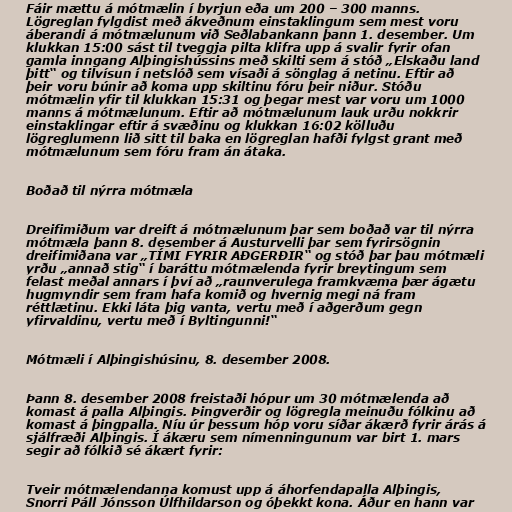
Fáir mættu á mótmælin í byrjun eða um 200 – 300 manns.
Lögreglan fylgdist með ákveðnum einstaklingum sem mest voru
áberandi á mótmælunum við Seðlabankann þann 1. desember. Um
klukkan 15:00 sást til tveggja pilta klifra upp á svalir fyrir ofan
gamla inngang Alþingishússins með skilti sem á stóð „Elskaðu land
þitt“ og tilvísun í netslóð sem vísaði á sönglag á netinu. Eftir að
þeir voru búnir að koma upp skiltinu fóru þeir niður. Stóðu
mótmælin yfir til klukkan 15:31 og þegar mest var voru um 1000
manns á mótmælunum. Eftir að mótmælunum lauk urðu nokkrir
einstaklingar eftir á svæðinu og klukkan 16:02 kölluðu
lögreglumenn lið sitt til baka en lögreglan hafði fylgst grant með
mótmælunum sem fóru fram án átaka.

Boðað til nýrra mótmæla

Dreifimiðum var dreift á mótmælunum þar sem boðað var til nýrra
mótmæla þann 8. desember á Austurvelli þar sem fyrirsögnin
dreifimiðana var „TÍMI FYRIR AÐGERÐIR“ og stóð þar þau mótmæli
yrðu „annað stig“ í baráttu mótmælenda fyrir breytingum sem
felast meðal annars í því að „raunverulega framkvæma þær ágætu
hugmyndir sem fram hafa komið og hvernig megi ná fram
réttlætinu. Ekki láta þig vanta, vertu með í aðgerðum gegn
yfirvaldinu, vertu með í Byltingunni!“

Mótmæli í Alþingishúsinu, 8. desember 2008.

Þann 8. desember 2008 freistaði hópur um 30 mótmælenda að
komast á palla Alþingis. Þingverðir og lögregla meinuðu fólkinu að
komast á þingpalla. Níu úr þessum hóp voru síðar ákærð fyrir árás á
sjálfræði Alþingis. Í ákæru sem nímenningunum var birt 1. mars
segir að fólkið sé ákært fyrir:

Tveir mótmælendanna komust upp á áhorfendapalla Alþingis,
Snorri Páll Jónsson Úlfhildarson og óþekkt kona. Áður en hann var